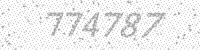
Solution: 774787